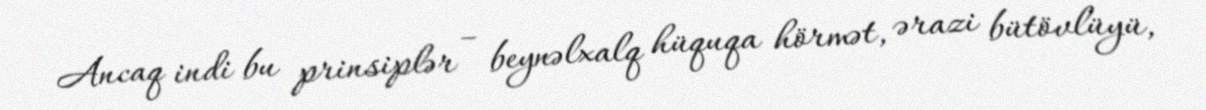
Ancaq indi bu prinsiplər – beynəlxalq hüquqa hörmət, ərazi bütövlüyü,